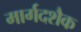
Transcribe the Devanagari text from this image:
मार्गदशैक